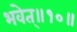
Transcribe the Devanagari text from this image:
भवेत्‌॥१०॥